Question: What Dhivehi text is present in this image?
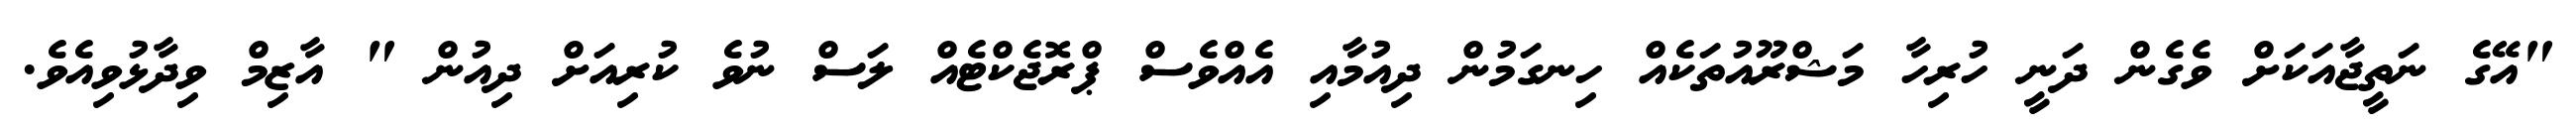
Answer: "އޭގެ ނަތީޖާއަކަށް ވެގެން ދަނީ ހުރިހާ މަޝްރޫއުތަކެއް ހިނގަމުން ދިއުމާއި އެއްވެސް ޕްރޮޖެކްޓެއް ލަސް ނުވެ ކުރިއަށް ދިއުން " އާޒިމް ވިދާޅުވިއެވެ.